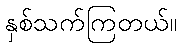
နှစ်သက်ကြတယ်။